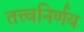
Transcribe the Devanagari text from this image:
तत्त्वनिर्णय